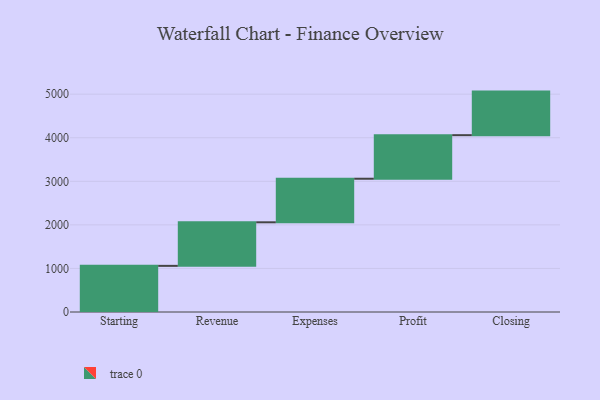
{"axis": {"x": "Step", "y": "Value"}, "legend": [""], "data": [{"x": "Starting", "y": 1059.0, "type": ""}, {"x": "Revenue", "y": 1000, "type": ""}, {"x": "Expenses", "y": 1000, "type": ""}, {"x": "Profit", "y": 1000, "type": ""}, {"x": "Closing", "y": 1000, "type": ""}]}